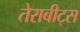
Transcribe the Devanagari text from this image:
तेराबीट्स